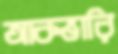
আকভারি